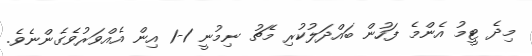
މިދެ ޓީމު އެންމެ ފަހުން ބައްދަލުކުރި މެޗު ނިމުނީ 1-1 އިން އެއްވަރުވެގެންނެވެ.